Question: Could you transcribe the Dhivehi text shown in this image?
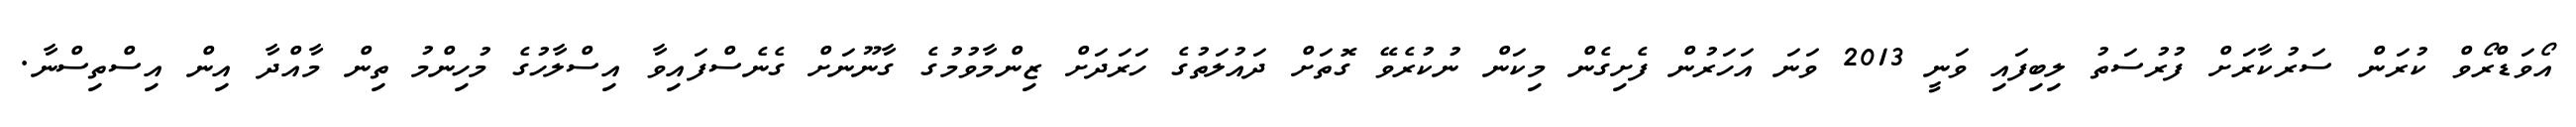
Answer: އޯވަޑްރޯވް ކުރަން ސަރުކާރަށް ފުރުސަތު ލިބިފައި ވަނީ 2013 ވަނަ އަހަރުން ފެށިގެން މިކަން ނުކުރެވޭ ގޮތަށް ދައުލަތުގެ ހަރަދަށް ޒިންމާވުމުގެ ގާނޫނަށް ގެނެސްފައިވާ އިސްލާހުގެ މުހިންމު ތިން މާއްދާ އިން އިސްތިސްނާ.